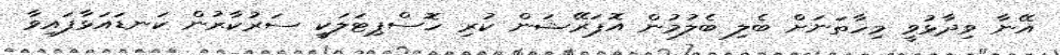
އޭނާ ވިދާޅުވީ މިހާތަނަށް ބެލި ބެލުމުން އޮޕަރޭޝަން ކުރި ހޮސްޕިޓަލަކީ ސަރުކާރުން ކަނޑައަޅާފައިވާ